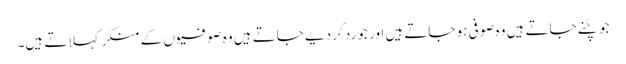
جو چُنے جاتے ہیں وہ صوفی ہو جاتے ہیں اور جو رد کر دیے جاتے ہیں وہ صوفیوں کے منکر کہلاتے ہیں۔